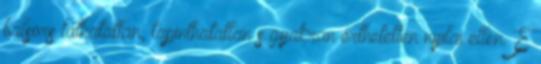
balsors láthatatlan, tapinthatatlan s gyakran érthetetlen nyilai ellen. E